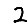
Digit: 2